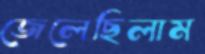
জেলেছিলাম